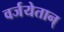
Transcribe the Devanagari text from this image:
वर्जयेतान्